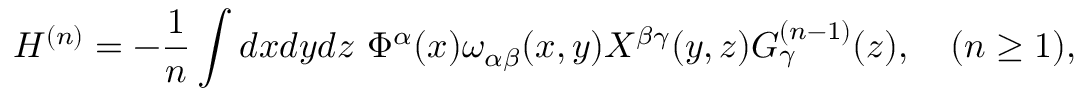
H ^ { ( n ) } = - \frac { 1 } { n } \int d x d y d z ~ \Phi ^ { \alpha } ( x ) \omega _ { \alpha \beta } ( x , y ) X ^ { \beta \gamma } ( y , z ) G _ { \gamma } ^ { ( n - 1 ) } ( z ) , ~ ~ ~ ( n \geq 1 ) ,